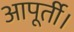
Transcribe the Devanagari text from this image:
आपूर्ती।